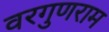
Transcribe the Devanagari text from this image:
वरगुणराम